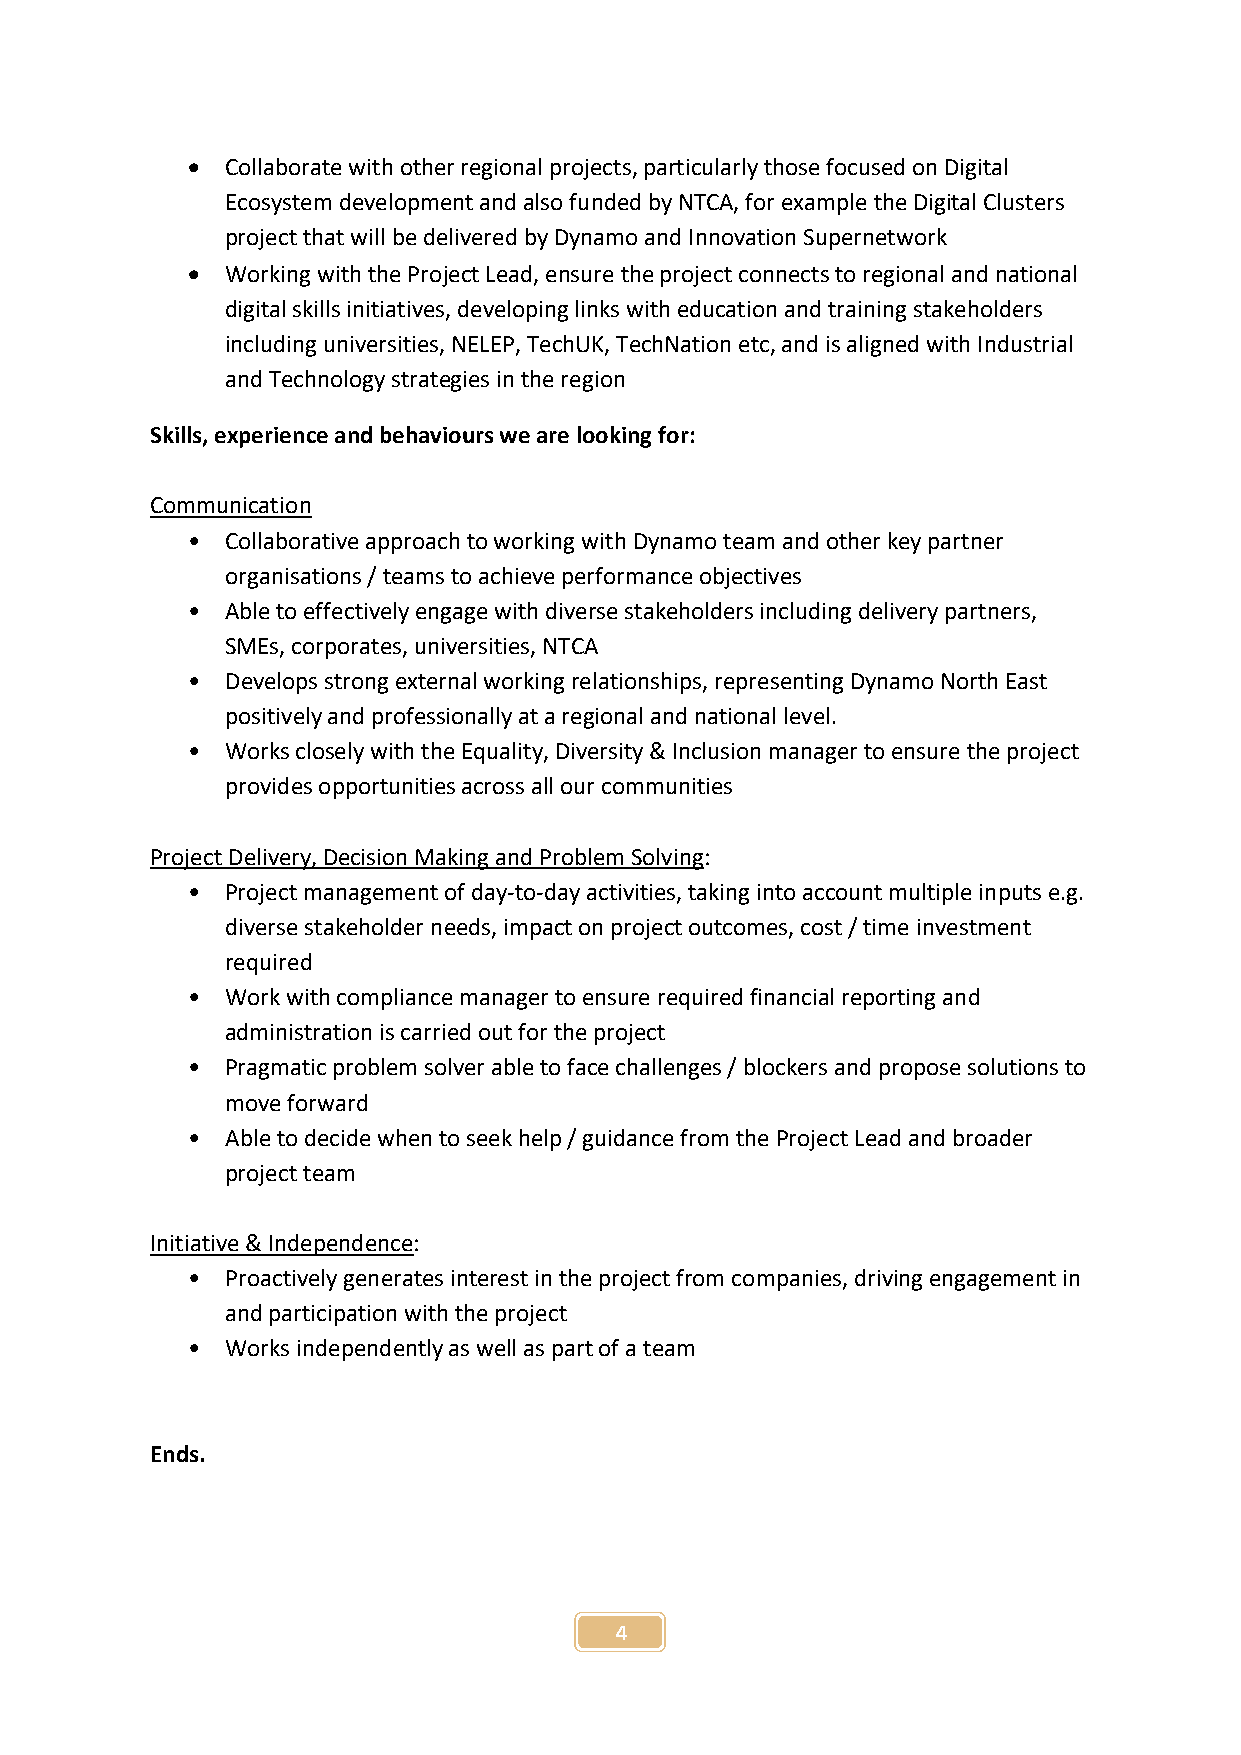
  Collaborate with other regional projects, particularly those focused on Digital
 Ecosystem development and also funded by NTCA, for example the Digital Clusters
 project that will be delivered by Dynamo and Innovation Supernetwork
   Working with the Project Lead, ensure the project connects to regional and national
 digital skills initiatives, developing links with education and training stakeholders
 including universities, NELEP, TechUK, TechNation etc, and is aligned with Industrial
 and Technology strategies in the region
 Skills, experience and behaviours we are looking for:
 Communication
 •  Collaborative approach to working with Dynamo team and other key partner
 organisations / teams to achieve performance objectives
 •  Able to effectively engage with diverse stakeholders including delivery partners,
 SMEs, corporates, universities, NTCA
 •  Develops strong external working relationships, representing Dynamo North East
 positively and professionally at a regional and national level.
 •  Works closely with the Equality, Diversity & Inclusion manager to ensure the project
 provides opportunities across all our communities
 Project Delivery, Decision Making and Problem Solving:
 •  Project management of day-to-day activities, taking into account multiple inputs e.g.
 diverse stakeholder needs, impact on project outcomes, cost / time investment
 required
 •  Work with compliance manager to ensure required financial reporting and
 administration is carried out for the project
 •  Pragmatic problem solver able to face challenges / blockers and propose solutions to
 move forward
 •  Able to decide when to seek help / guidance from the Project Lead and broader
 project team
 Initiative & Independence:
 •  Proactively generates interest in the project from companies, driving engagement in
 and participation with the project
 •  Works independently as well as part of a team
 Ends.
 4